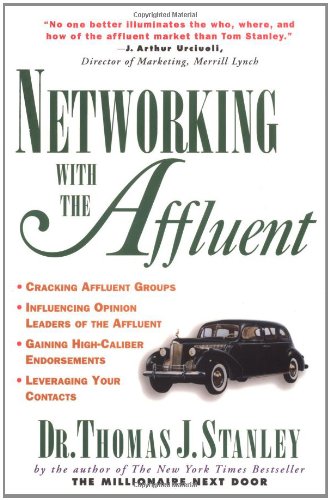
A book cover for Networking with the Affluent; Thomas Stanley; Business & Money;